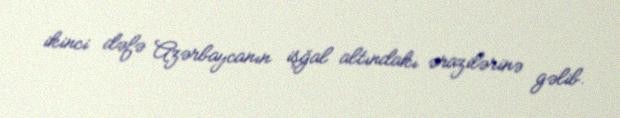
ikinci dəfə Azərbaycanın işğal altındakı ərazilərinə gəlib.